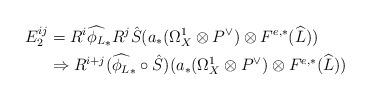
LaTeX: \begin{align*}E_2^{ij}&=R^i\widehat{\phi_{L}}_*R^j\hat{S}(a_*(\Omega_X^1\otimes P^{\vee})\otimes F^{e,*}(\widehat{L})) \\&\Rightarrow R^{i+j}(\widehat{\phi_{L}}_*\circ\hat{S})(a_*(\Omega_X^1\otimes P^{\vee})\otimes F^{e,*}(\widehat{L}))\end{align*}